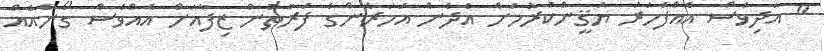
" އަދިވެސް އެއްފަހަރު ޔަޤީންކުރުމަށް އެދެން އަހަރެންގެ ފަރާތުން ޒިފާއަށް އެއްވެސް ގޯނާއެއް